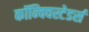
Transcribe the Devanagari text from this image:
कॉन्क्विस्टेडर्स